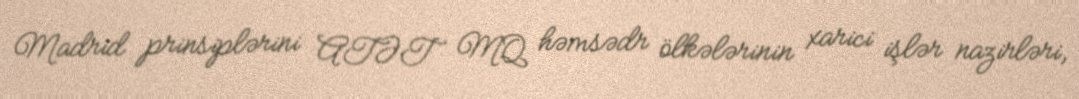
Madrid prinsiplərini ATƏT MQ həmsədr ölkələrinin xarici işlər nazirləri,